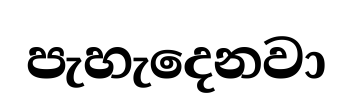
පැහැදෙනවා